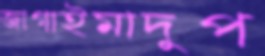
জাগাইমাদুপ